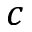
c